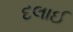
દલાઈ